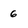
Character: 6